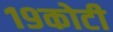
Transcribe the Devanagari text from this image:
१९कोटी